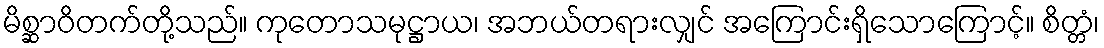
မိစ္ဆာဝိတက်တို့သည်။ ကုတောသမုဋ္ဌာယ၊ အဘယ်တရားလျှင် အကြောင်းရှိသောကြောင့်။ စိတ္တံ၊